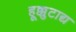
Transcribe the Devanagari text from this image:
हूक्कुटाद्य